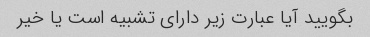
بگویید آیا عبارت زیر دارای تشبیه است یا خیر